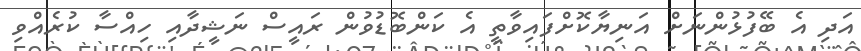
އަދި އެ ބޭފުޅުންނަށް އަނިޔާކޮށްފައިވާތީ އެ ކަންބޮޑުވުން ރައީސް ނަޝީދާއި ހިއްސާ ކުރެއްވި